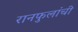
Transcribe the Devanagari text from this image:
रानफुलांची